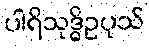
ပါရိသုဒ္ဓိဥပုသ်